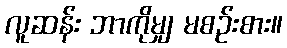
လူဆန်း ဘာကိုမျှ မစဉ်းစား။